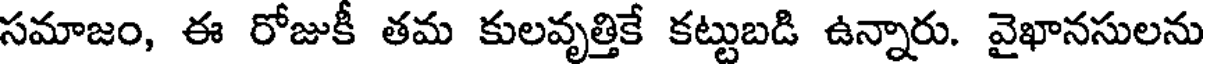
సమాజం, ఈ రోజుకీ తమ కులవృత్తికే కట్టుబడి ఉన్నారు. వైఖానసులను